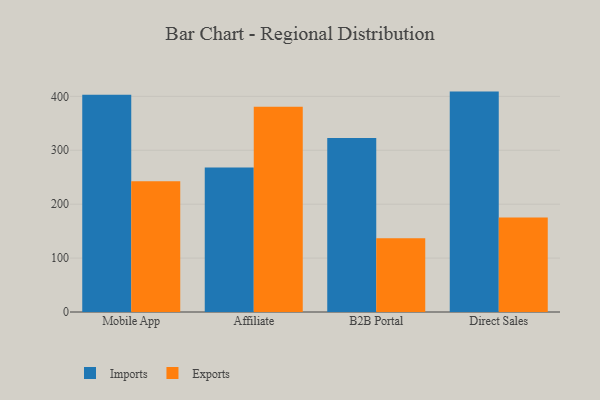
{"axis": {"x": "Channel", "y": "Budget (USD K)"}, "legend": ["Exports", "Imports"], "data": [{"x": "Mobile App", "y": 403.1, "type": "Imports"}, {"x": "Mobile App", "y": 242.4, "type": "Exports"}, {"x": "Affiliate", "y": 267.8, "type": "Imports"}, {"x": "Affiliate", "y": 380.9, "type": "Exports"}, {"x": "B2B Portal", "y": 322.6, "type": "Imports"}, {"x": "B2B Portal", "y": 136.9, "type": "Exports"}, {"x": "Direct Sales", "y": 408.8, "type": "Imports"}, {"x": "Direct Sales", "y": 175.2, "type": "Exports"}]}